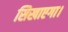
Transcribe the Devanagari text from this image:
सिखाएगा।